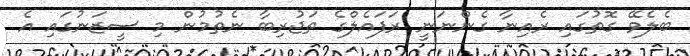
ބެލެވޭ ގޮތުގައި ރެއިނާ ގެންނަނީ ރަފައެލްގެ ތަޖުރިބާ ނެތުމުން މި ސީޒަނުގައި އެ